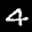
Label: 4